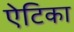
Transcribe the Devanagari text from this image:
ऐटिका